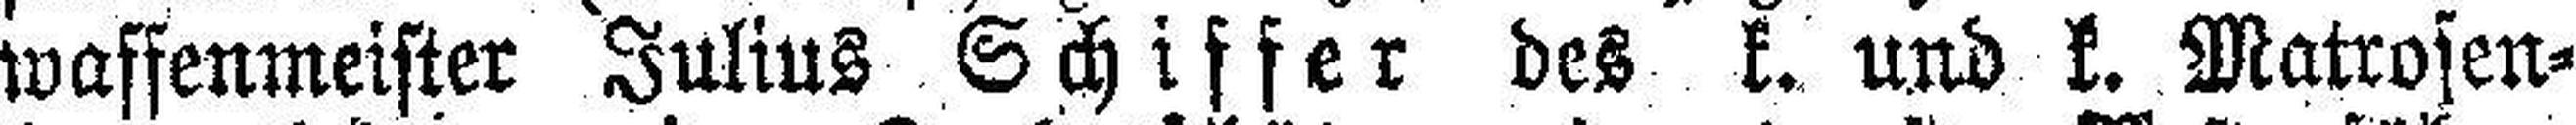
waffenmeister Julius Schiffer des k. und k. Matrosen¬